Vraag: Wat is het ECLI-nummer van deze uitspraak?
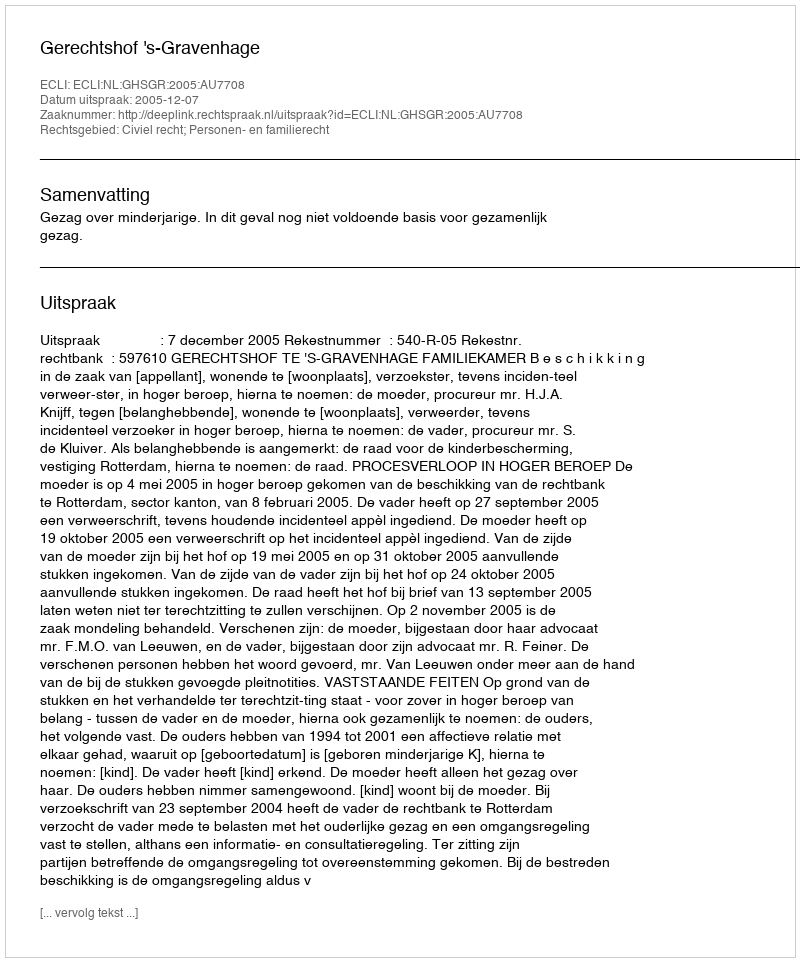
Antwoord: ECLI:NL:GHSGR:2005:AU7708